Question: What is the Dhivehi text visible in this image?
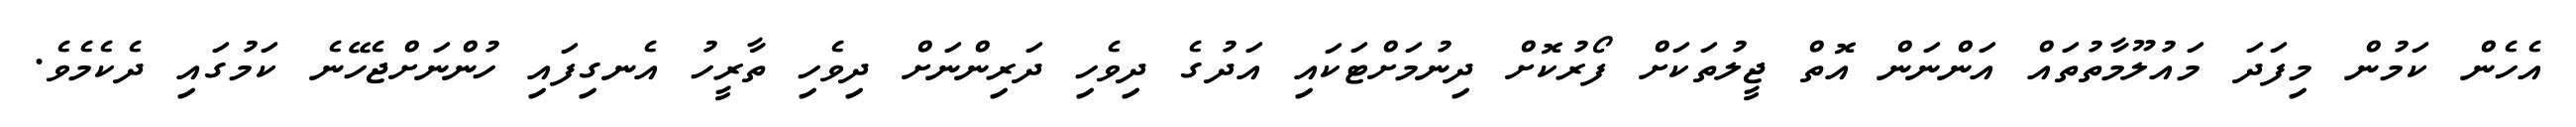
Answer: އެހެން ކަމުން މިފަދަ މައުލޫމާތުތައް އަންނަން އޮތް ޖީލުތަކަށް ފޯރުކޮށް ދިނުމަށްޓަކައި އަދުގެ ދިވެހި ދަރިންނަށް ދިވެހި ތާރީހު އެނގިފައި ހުންނަށްޖެހޭނެ ކަމުގައި ދެކެމެވެ.